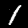
Label: 1